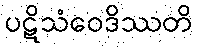
ပဋိသံဝေဒိဿတိ